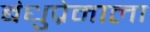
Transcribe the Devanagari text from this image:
बंधुप्रेमाला